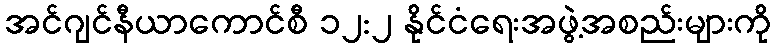
အင်ဂျင်နီယာကောင်စီ ၁၂:၂ နိုင်ငံရေးအဖွဲ့အစည်းများကို